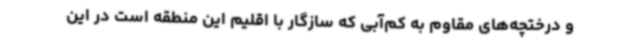
و درختچه‌های مقاوم به کم‌آبی که سازگار با اقلیم این منطقه است در این